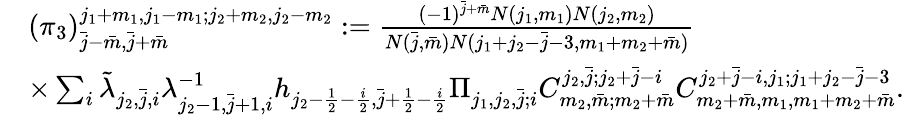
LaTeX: \begin{array}{rl}&{(\pi_{3})_{\bar{j}-\bar{m},\bar{j}+\bar{m}}^{j_{1}+m_{1},j_{1}-m_{1};j_{2}+m_{2},j_{2}-m_{2}}:=\frac{(-1)^{\bar{j}+\bar{m}}N(j_{1},m_{1})N(j_{2},m_{2})}{N(\bar{j},\bar{m})N(j_{1}+j_{2}-\bar{j}-3,m_{1}+m_{2}+\bar{m})}}\\ &{\times\sum_{i}\tilde{\lambda}_{j_{2},\bar{j},i}\lambda_{j_{2}-1,\bar{j}+1,i}^{-1}h_{j_{2}-\frac{1}{2}-\frac{i}{2},\bar{j}+\frac{1}{2}-\frac{i}{2}}\Pi_{j_{1},j_{2},\bar{j};i}C_{m_{2},\bar{m};m_{2}+\bar{m}}^{j_{2},\bar{j};j_{2}+\bar{j}-i}C_{m_{2}+\bar{m},m_{1},m_{1}+m_{2}+\bar{m}}^{j_{2}+\bar{j}-i,j_{1};j_{1}+j_{2}-\bar{j}-3}.}\end{array}